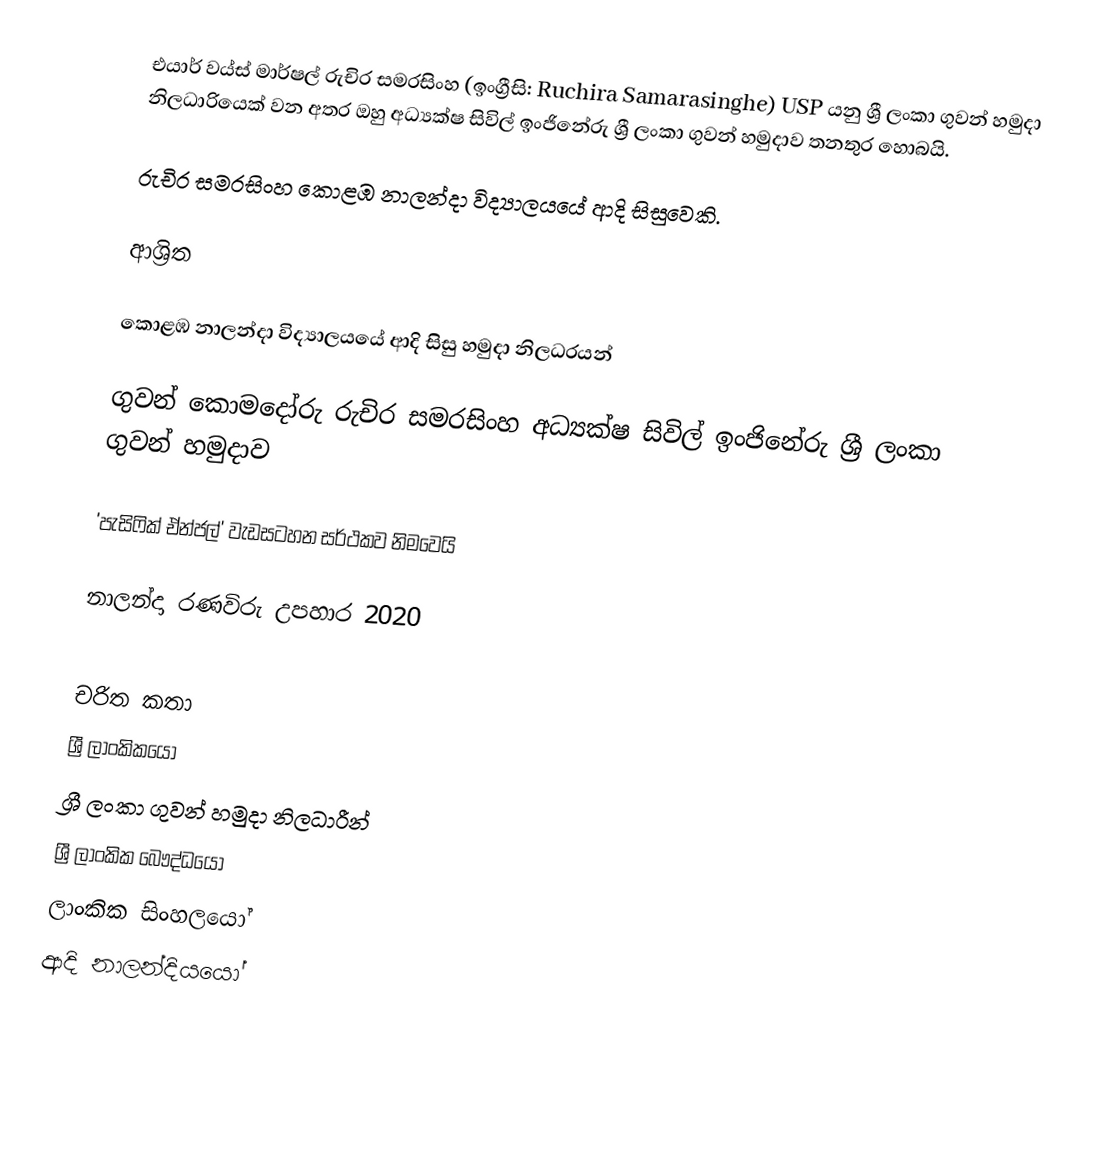
එයාර් වය්ස් මාර්ෂල් රුචිර සමරසිංහ (ඉංග්‍රීසි: Ruchira Samarasinghe) USP යනු  ශ්‍රී ලංකා ගුවන් හමුදා නිලධාරියෙක් වන අතර ඔහු අධ්‍යක්ෂ සිවිල් ඉංජිනේරු ශ්‍රී ලංකා ගුවන් හමුදාව තනතුර හොබයි.

රුචිර සමරසිංහ  කොළඹ නාලන්දා විද්‍යාලයයේ ආදි සිසුවෙකි.

ආශ්‍රිත

කොළඹ නාලන්දා විද්‍යාලයයේ ආදි සිසු හමුදා නිලධරයන්

 ගුවන් කොමදෝරු රුචිර සමරසිංහ  අධ්‍යක්ෂ සිවිල් ඉංජිනේරු ශ්‍රී ලංකා ගුවන් හමුදාව

 'පැසිෆික් ඒන්ජල්' වැඩසටහන සර්ථකව නිමවෙයි

 නාලන්දා රණවිරු උපහාර 2020

චරිත කතා
ශ්‍රී ලාංකිකයෝ
ශ්‍රී ලංකා ගුවන් හමුදා නිලධාරීන්
ශ්‍රී ලාංකික බෞද්ධයෝ
ලාංකික සිංහලයෝ
ආදි නාලන්දියයෝ